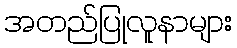
အတည်ပြုလူနာများ